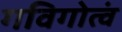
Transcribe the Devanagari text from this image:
गविगोत्वं